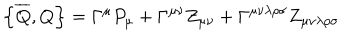
\left\{ \overline { { { Q } } } , Q \right\} = \Gamma ^ { \mu } P _ { \mu } + \Gamma ^ { \mu \nu } Z _ { \mu \upsilon } + \Gamma ^ { \mu \nu \lambda \rho \sigma } Z _ { \mu \nu \lambda \rho \sigma }